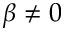
\beta \neq 0